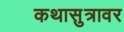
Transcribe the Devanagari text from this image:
कथासुत्रावर